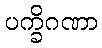
ပက္ခိဂဏာ